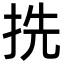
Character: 㧥